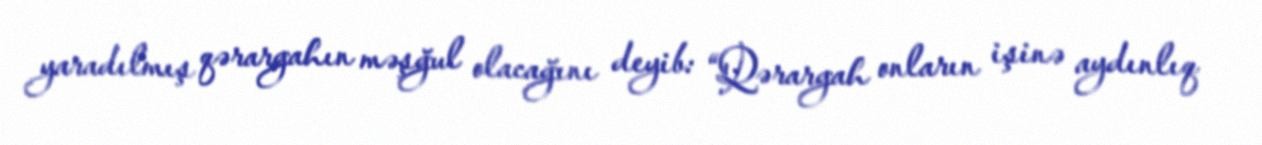
yaradılmış qərargahın məşğul olacağını deyib: “Qərargah onların işinə aydınlıq